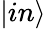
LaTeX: |in\rangle